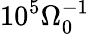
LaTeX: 10^{5}\Omega_{0}^{-1}